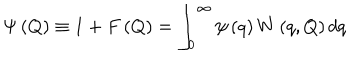
LaTeX: \Psi \left( Q \right) \equiv 1 + F \left( Q \right) = \int _ { 0 } ^ { \infty } \psi \left( q \right) W \left( q , Q \right) d q